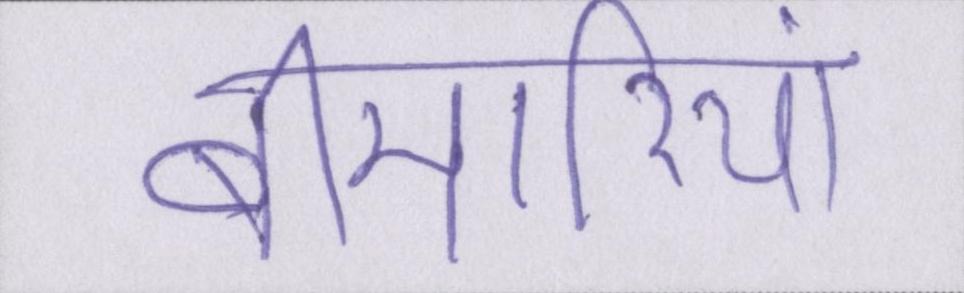
बीमारियां